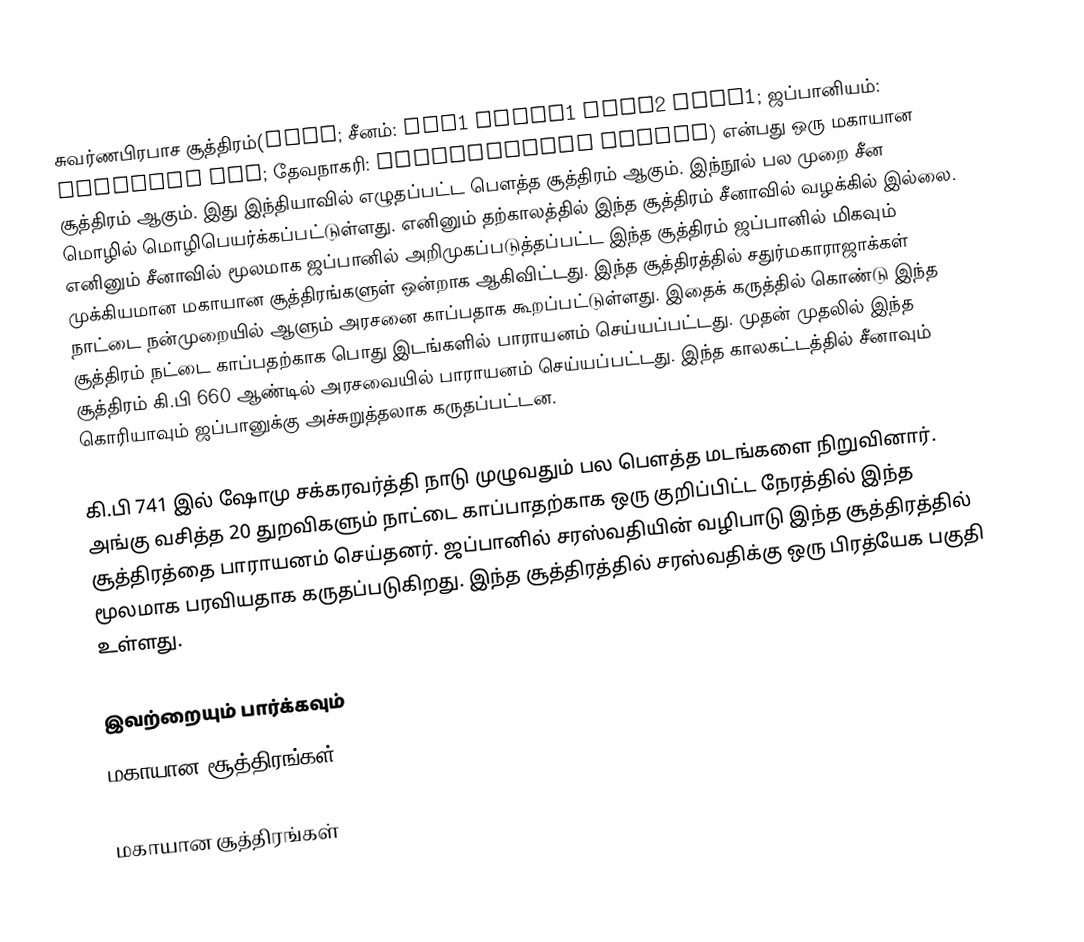
சுவர்ணபிரபாச சூத்திரம்(金光明經; சீனம்: jin1 guang1 ming2 jing1; ஜப்பானியம்: Konkōmyō Kyō; தேவநாகரி: सुवर्णप्रभास सूत्रं) என்பது ஒரு மகாயான சூத்திரம் ஆகும். இது இந்தியாவில் எழுதப்பட்ட பௌத்த சூத்திரம் ஆகும். இந்நூல் பல முறை சீன மொழில் மொழிபெயர்க்கப்பட்டுள்ளது. எனினும் தற்காலத்தில் இந்த சூத்திரம் சீனாவில் வழக்கில் இல்லை. எனினும் சீனாவில் மூலமாக ஜப்பானில் அறிமுகப்படுத்தப்பட்ட இந்த சூத்திரம் ஜப்பானில் மிகவும் முக்கியமான மகாயான சூத்திரங்களுள் ஒன்றாக ஆகிவிட்டது. இந்த சூத்திரத்தில் சதுர்மகாராஜாக்கள் நாட்டை நன்முறையில் ஆளும் அரசனை காப்பதாக கூறப்பட்டுள்ளது. இதைக் கருத்தில் கொண்டு இந்த சூத்திரம் நட்டை காப்பதற்காக பொது இடங்களில் பாராயனம் செய்யப்பட்டது. முதன் முதலில் இந்த சூத்திரம் கி.பி 660 ஆண்டில் அரசவையில் பாராயனம் செய்யப்பட்டது. இந்த காலகட்டத்தில் சீனாவும் கொரியாவும் ஜப்பானுக்கு அச்சுறுத்தலாக கருதப்பட்டன.

கி.பி 741 இல் ஷோமு சக்கரவர்த்தி நாடு முழுவதும் பல பௌத்த மடங்களை நிறுவினார். அங்கு வசித்த 20 துறவிகளும் நாட்டை காப்பாதற்காக ஒரு குறிப்பிட்ட நேரத்தில் இந்த சூத்திரத்தை பாராயனம் செய்தனர். ஜப்பானில் சரஸ்வதியின் வழிபாடு இந்த சூத்திரத்தில் மூலமாக பரவியதாக கருதப்படுகிறது. இந்த சூத்திரத்தில் சரஸ்வதிக்கு ஒரு பிரத்யேக பகுதி உள்ளது.

இவற்றையும் பார்க்கவும்
 மகாயான சூத்திரங்கள்

மகாயான சூத்திரங்கள்